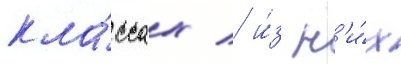
кла́ссах / и́з н'и́х